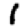
Digit: 1